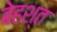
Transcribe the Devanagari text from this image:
बेहश्त